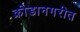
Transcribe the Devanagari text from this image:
क्रीडानगरीत